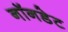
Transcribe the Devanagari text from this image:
नॉनडेट